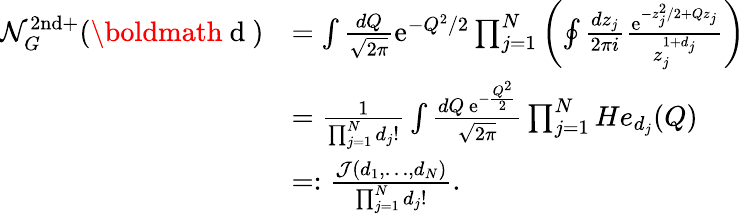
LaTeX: \begin{array}{rl}{\mathcal{N}_{G}^{\mathrm{2nd+}}(\mathrm{\boldmath~d~})}&{=\int\frac{dQ}{\sqrt{2\pi}}\mathrm{e}^{-Q^{2}/2}\prod_{j=1}^{N}\left(\oint\frac{dz_{j}}{2\pi i}\frac{\mathrm{e}^{-z_{j}^{2}/2+Qz_{j}}}{z_{j}^{1+d_{j}}}\right)}\\ &{=\frac{1}{\prod_{j=1}^{N}d_{j}!}\int\frac{dQ\, \mathrm{e}^{-\frac{Q^{2}}{2}}}{\sqrt{2\pi}}\prod_{j=1}^{N}He_{d_{j}}(Q)}\\ &{=:\frac{\mathcal{J}(d_{1},\dots,d_{N})}{\prod_{j=1}^{N}d_{j}!}.}\end{array}